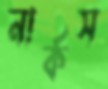
নার্কস